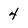
Character: 4